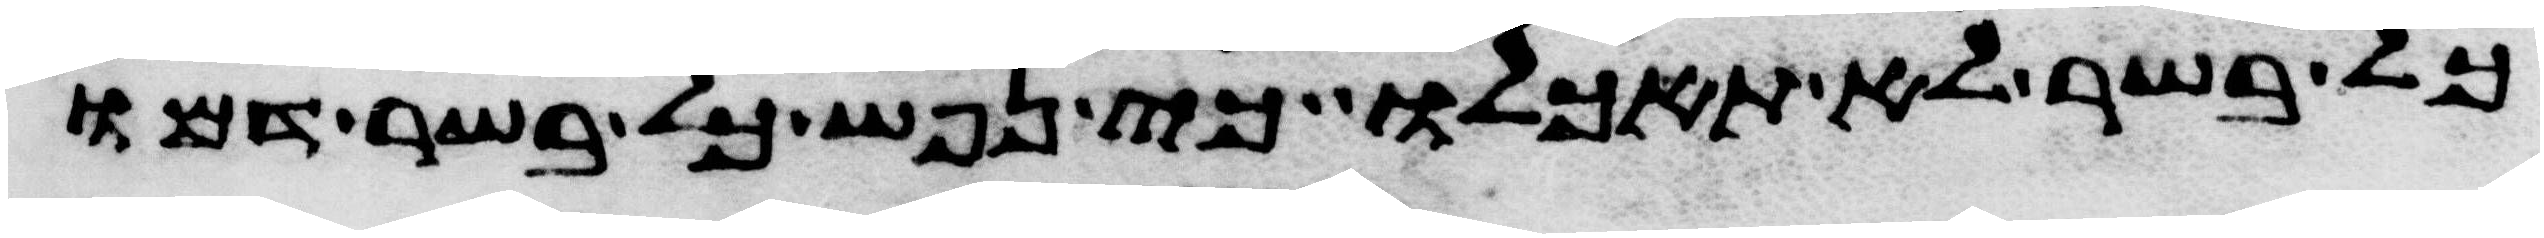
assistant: כל בשר לא תאכלו כי נפש כל בשר דמו